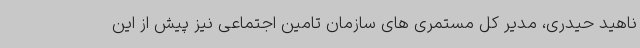
ناهید حیدری، مدیر کل مستمری های سازمان تامین اجتماعی نیز پیش از این